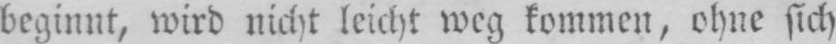
beginnt, wird nicht leicht weg kommen, ohne sich